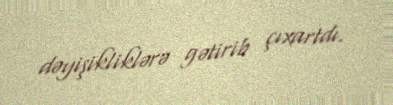
dəyişikliklərə gətirib çıxartdı.